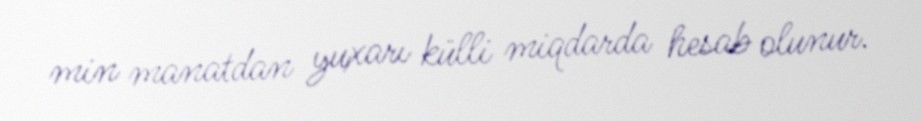
min manatdan yuxarı külli miqdarda hesab olunur.